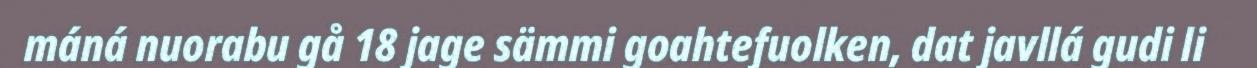
máná nuorabu gå 18 jage sämmi goahtefuolken, dat javllá gudi li